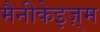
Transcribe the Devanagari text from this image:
मैनीकेइज़्म